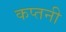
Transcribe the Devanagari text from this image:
कप्तनी